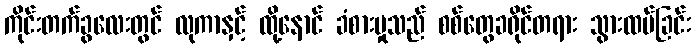
ကိုင်းတက်ခွလေးတွင် လုကာနှင့် ထို့နောင် ခံစားမှုသည် စစ်တွေခရိုင်တရား သွားထပ်ခြင်း